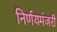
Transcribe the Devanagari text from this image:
निर्णयमंजरी